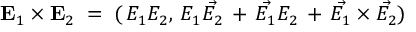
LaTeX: { \bf E } _ { 1 } \times { \bf E } _ { 2 } \; = \; ( \, E _ { 1 } E _ { 2 } , \, E _ { 1 } \vec { E _ { 2 } } \, + \, \vec { E _ { 1 } } E _ { 2 } \, + \, \vec { E _ { 1 } } \times \vec { E _ { 2 } } )